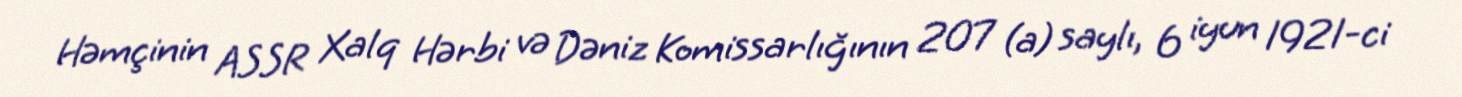
Həmçinin ASSR Xalq Hərbi və Dəniz Komissarlığının 207 (a) saylı, 6 iyun 1921-ci